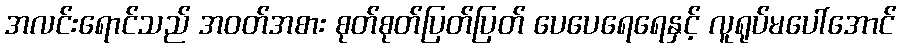
အလင်းရောင်သည် အဝတ်အစား စုတ်စုတ်ပြတ်ပြတ် ပေပေရေရေနှင့် လူရုပ်မပေါ်အောင်